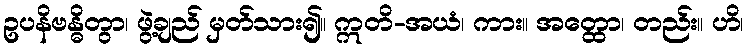
ဥပနိဗန္ဓိတွာ၊ ဖွဲ့ချည် မှတ်သား၍။ ဣတိ-အယံ၊ ကား။ အတ္ထော၊ တည်း။ ဟိ၊